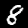
Label: 8